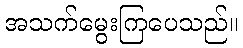
အသက်မွေးကြပေသည်။